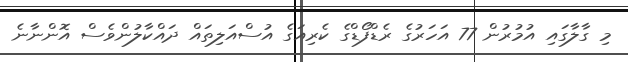
މި ގާލާގައި އުމުރުން 77 އަހަރުގެ ރެޑްފޯޑްގެ ކެރިއަގެ އުސްއަލިތައް ދައްކާލުންވެސް އޮންނާނެ